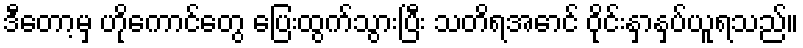
ဒီတော့မှ ဟိုကောင်တွေ ပြေးထွက်သွားပြီး သတိရအောင် ဝိုင်းနှာနှပ်ယူရသည်။